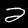
Label: 2